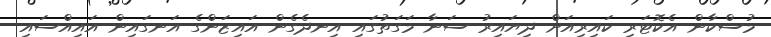
މުސްކާން އެކޮޓަރި ކައިރިއަށް ދިޔައިރު ސަނާ މަގަތުގައި އިނދެގެން އައިޒަންގެ އަނގައިން އައިއްސައި